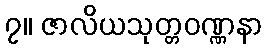
၇။ ဇာလိယသုတ္တဝဏ္ဏနာ